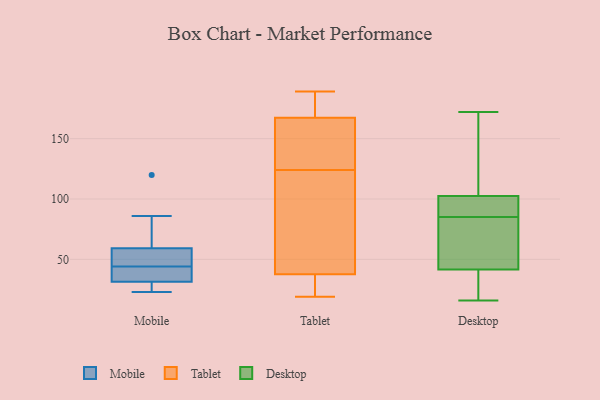
{"axis": {"x": "Population (Million)", "y": "Value"}, "legend": ["Desktop", "Mobile", "Tablet"], "data": [{"x": "", "y": 44, "type": "Mobile"}, {"x": "", "y": 45, "type": "Mobile"}, {"x": "", "y": 86, "type": "Mobile"}, {"x": "", "y": 31, "type": "Mobile"}, {"x": "", "y": 120, "type": "Mobile"}, {"x": "", "y": 24, "type": "Mobile"}, {"x": "", "y": 23, "type": "Mobile"}, {"x": "", "y": 42, "type": "Mobile"}, {"x": "", "y": 48, "type": "Mobile"}, {"x": "", "y": 33, "type": "Mobile"}, {"x": "", "y": 63, "type": "Mobile"}, {"x": "", "y": 189, "type": "Tablet"}, {"x": "", "y": 35, "type": "Tablet"}, {"x": "", "y": 180, "type": "Tablet"}, {"x": "", "y": 37, "type": "Tablet"}, {"x": "", "y": 158, "type": "Tablet"}, {"x": "", "y": 124, "type": "Tablet"}, {"x": "", "y": 183, "type": "Tablet"}, {"x": "", "y": 184, "type": "Tablet"}, {"x": "", "y": 127, "type": "Tablet"}, {"x": "", "y": 38, "type": "Tablet"}, {"x": "", "y": 64, "type": "Tablet"}, {"x": "", "y": 163, "type": "Tablet"}, {"x": "", "y": 28, "type": "Tablet"}, {"x": "", "y": 73, "type": "Tablet"}, {"x": "", "y": 131, "type": "Tablet"}, {"x": "", "y": 64, "type": "Tablet"}, {"x": "", "y": 19, "type": "Tablet"}, {"x": "", "y": 53, "type": "Desktop"}, {"x": "", "y": 92, "type": "Desktop"}, {"x": "", "y": 39, "type": "Desktop"}, {"x": "", "y": 172, "type": "Desktop"}, {"x": "", "y": 104, "type": "Desktop"}, {"x": "", "y": 167, "type": "Desktop"}, {"x": "", "y": 86, "type": "Desktop"}, {"x": "", "y": 63, "type": "Desktop"}, {"x": "", "y": 49, "type": "Desktop"}, {"x": "", "y": 98, "type": "Desktop"}, {"x": "", "y": 39, "type": "Desktop"}, {"x": "", "y": 107, "type": "Desktop"}, {"x": "", "y": 19, "type": "Desktop"}, {"x": "", "y": 16, "type": "Desktop"}, {"x": "", "y": 85, "type": "Desktop"}]}